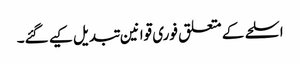
اسلحے کے متعلق فوری قوانین تبدیل کیے گئے۔